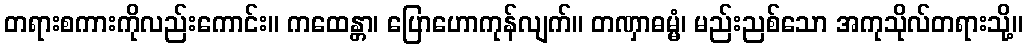
တရားစကားကိုလည်းကောင်း။ ကထေန္တာ၊ ပြောဟောကုန်လျက်။ တဏှာဓမ္မံ၊ မည်းညစ်သော အကုသိုလ်တရားသို့။